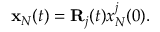
\begin{array} { r } { { \bf x } _ { N } ( t ) = { \bf R } _ { j } ( t ) x _ { N } ^ { j } ( 0 ) . } \end{array}